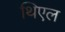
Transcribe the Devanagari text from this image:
थिएल